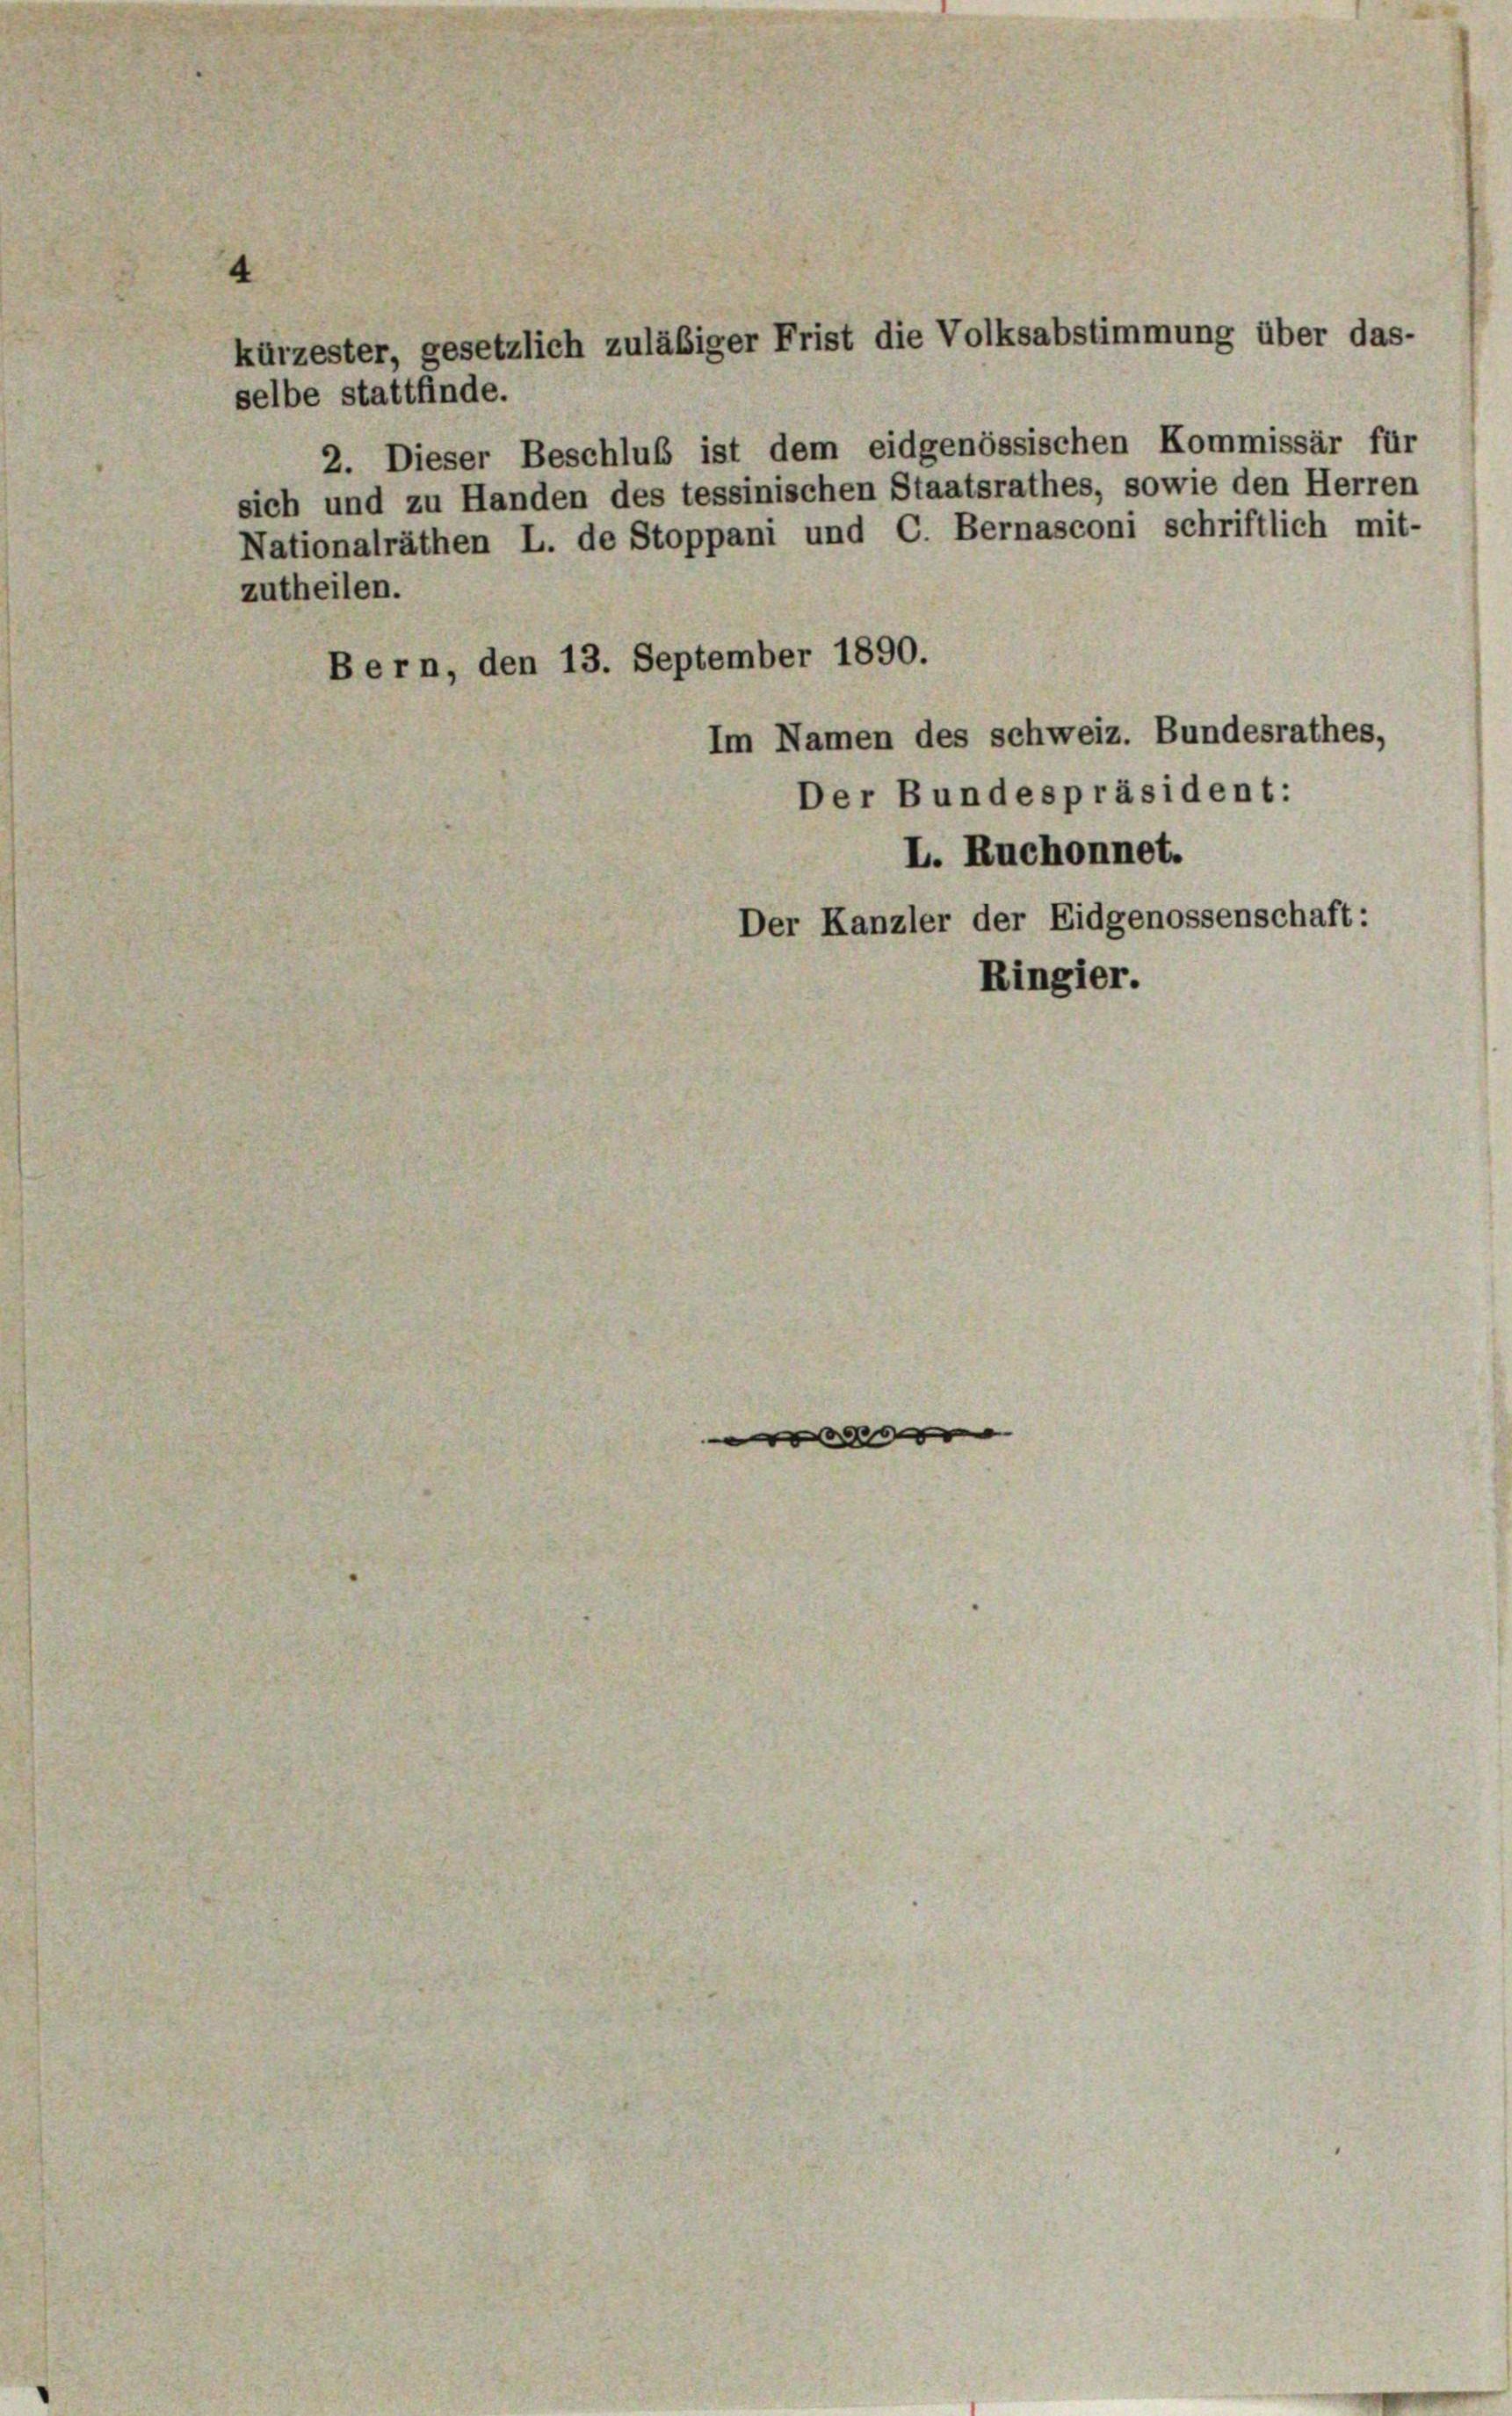
rzester, ges
selbe stattfinde.

2. Dieser Beschluß ist dem eidgenössischen Kommissär für
ich und zu Handen des tessinischen Staatsrathes, sowie den Herren
Tationalräthen L. de Stoppani und C. Bernasconi schriftlich mit-
1
.

ern, den

etzlich zuläßig

13.

zer

September 1890.
L. Ruchonnet.
Der Kanzler der Eidgenossenschaft:

frist die Volksabstimmung über das-

Zins

Im Namen des schweiz. Bundesrathes,
Der Bundespräsident: